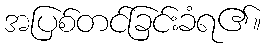
အပြစ်တင်ခြင်းခံရ၏။